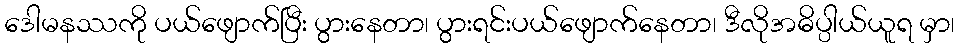
ဒေါမနဿကို ပယ်ဖျောက်ပြီး ပွားနေတာ၊ ပွားရင်းပယ်ဖျောက်နေတာ၊ ဒီလိုအဓိပ္ပါယ်ယူရ မှာ၊